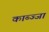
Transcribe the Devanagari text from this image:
काब्ज्जा